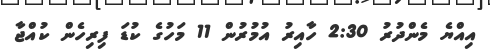
އިއްޔެ މެންދުރު 2:30 ހާއިރު އުމުރުން 11 މަހުގެ ކުޑަ ފިރިހެން ކުއްޖާ